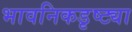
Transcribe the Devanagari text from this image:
भावनिकडृष्ट्या